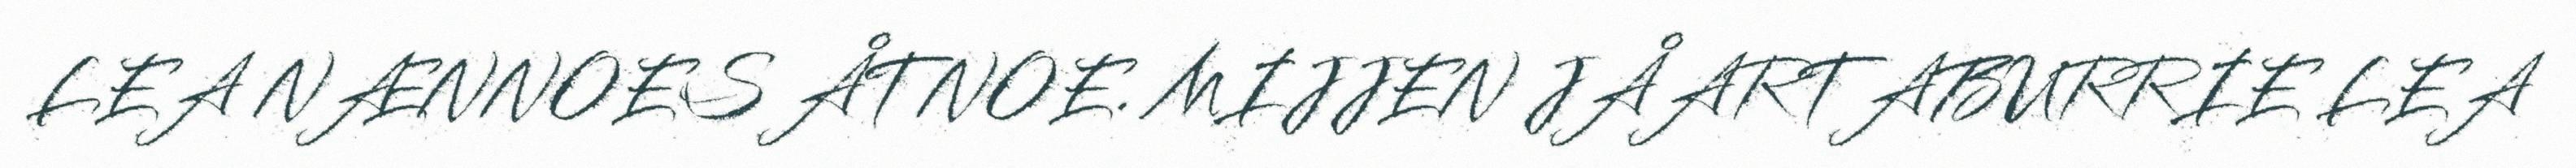
LEA NÆNNOES ÅTNOE. MIJJEN JÅARTABURRIE LEA